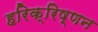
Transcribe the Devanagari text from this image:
हरिक्रिष्णन